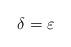
LaTeX: \begin{align*} \delta = \varepsilon\end{align*}